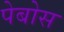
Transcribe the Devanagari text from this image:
पेबोस